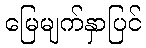
မြေမျက်နှာပြင်